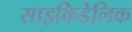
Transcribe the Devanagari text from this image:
साइकिडेलिक